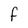
Character: F